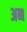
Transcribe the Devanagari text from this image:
अब्ब